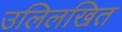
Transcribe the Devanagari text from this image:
उलिलखित